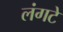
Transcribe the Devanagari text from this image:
लंगटे